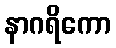
နာဂရိကော